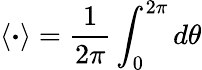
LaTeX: \left\langle\boldsymbol{\cdot}\right\rangle=\frac{1}{2\pi}\int_{0}^{2\pi}d\theta